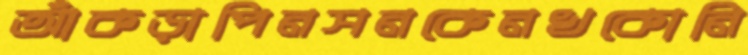
আঁকড়াপিনসনকেনখকোনি